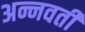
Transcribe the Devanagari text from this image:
अन्नवती